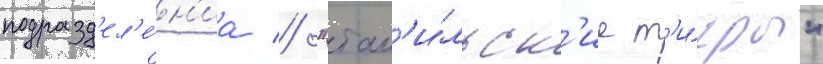
подразд'ел'е́н'иа // "там'и́льск'ие т'и́гры"